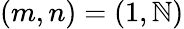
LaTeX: (m,n)=(1,\mathbb{N})